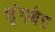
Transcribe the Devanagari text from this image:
श्रृंगबेर